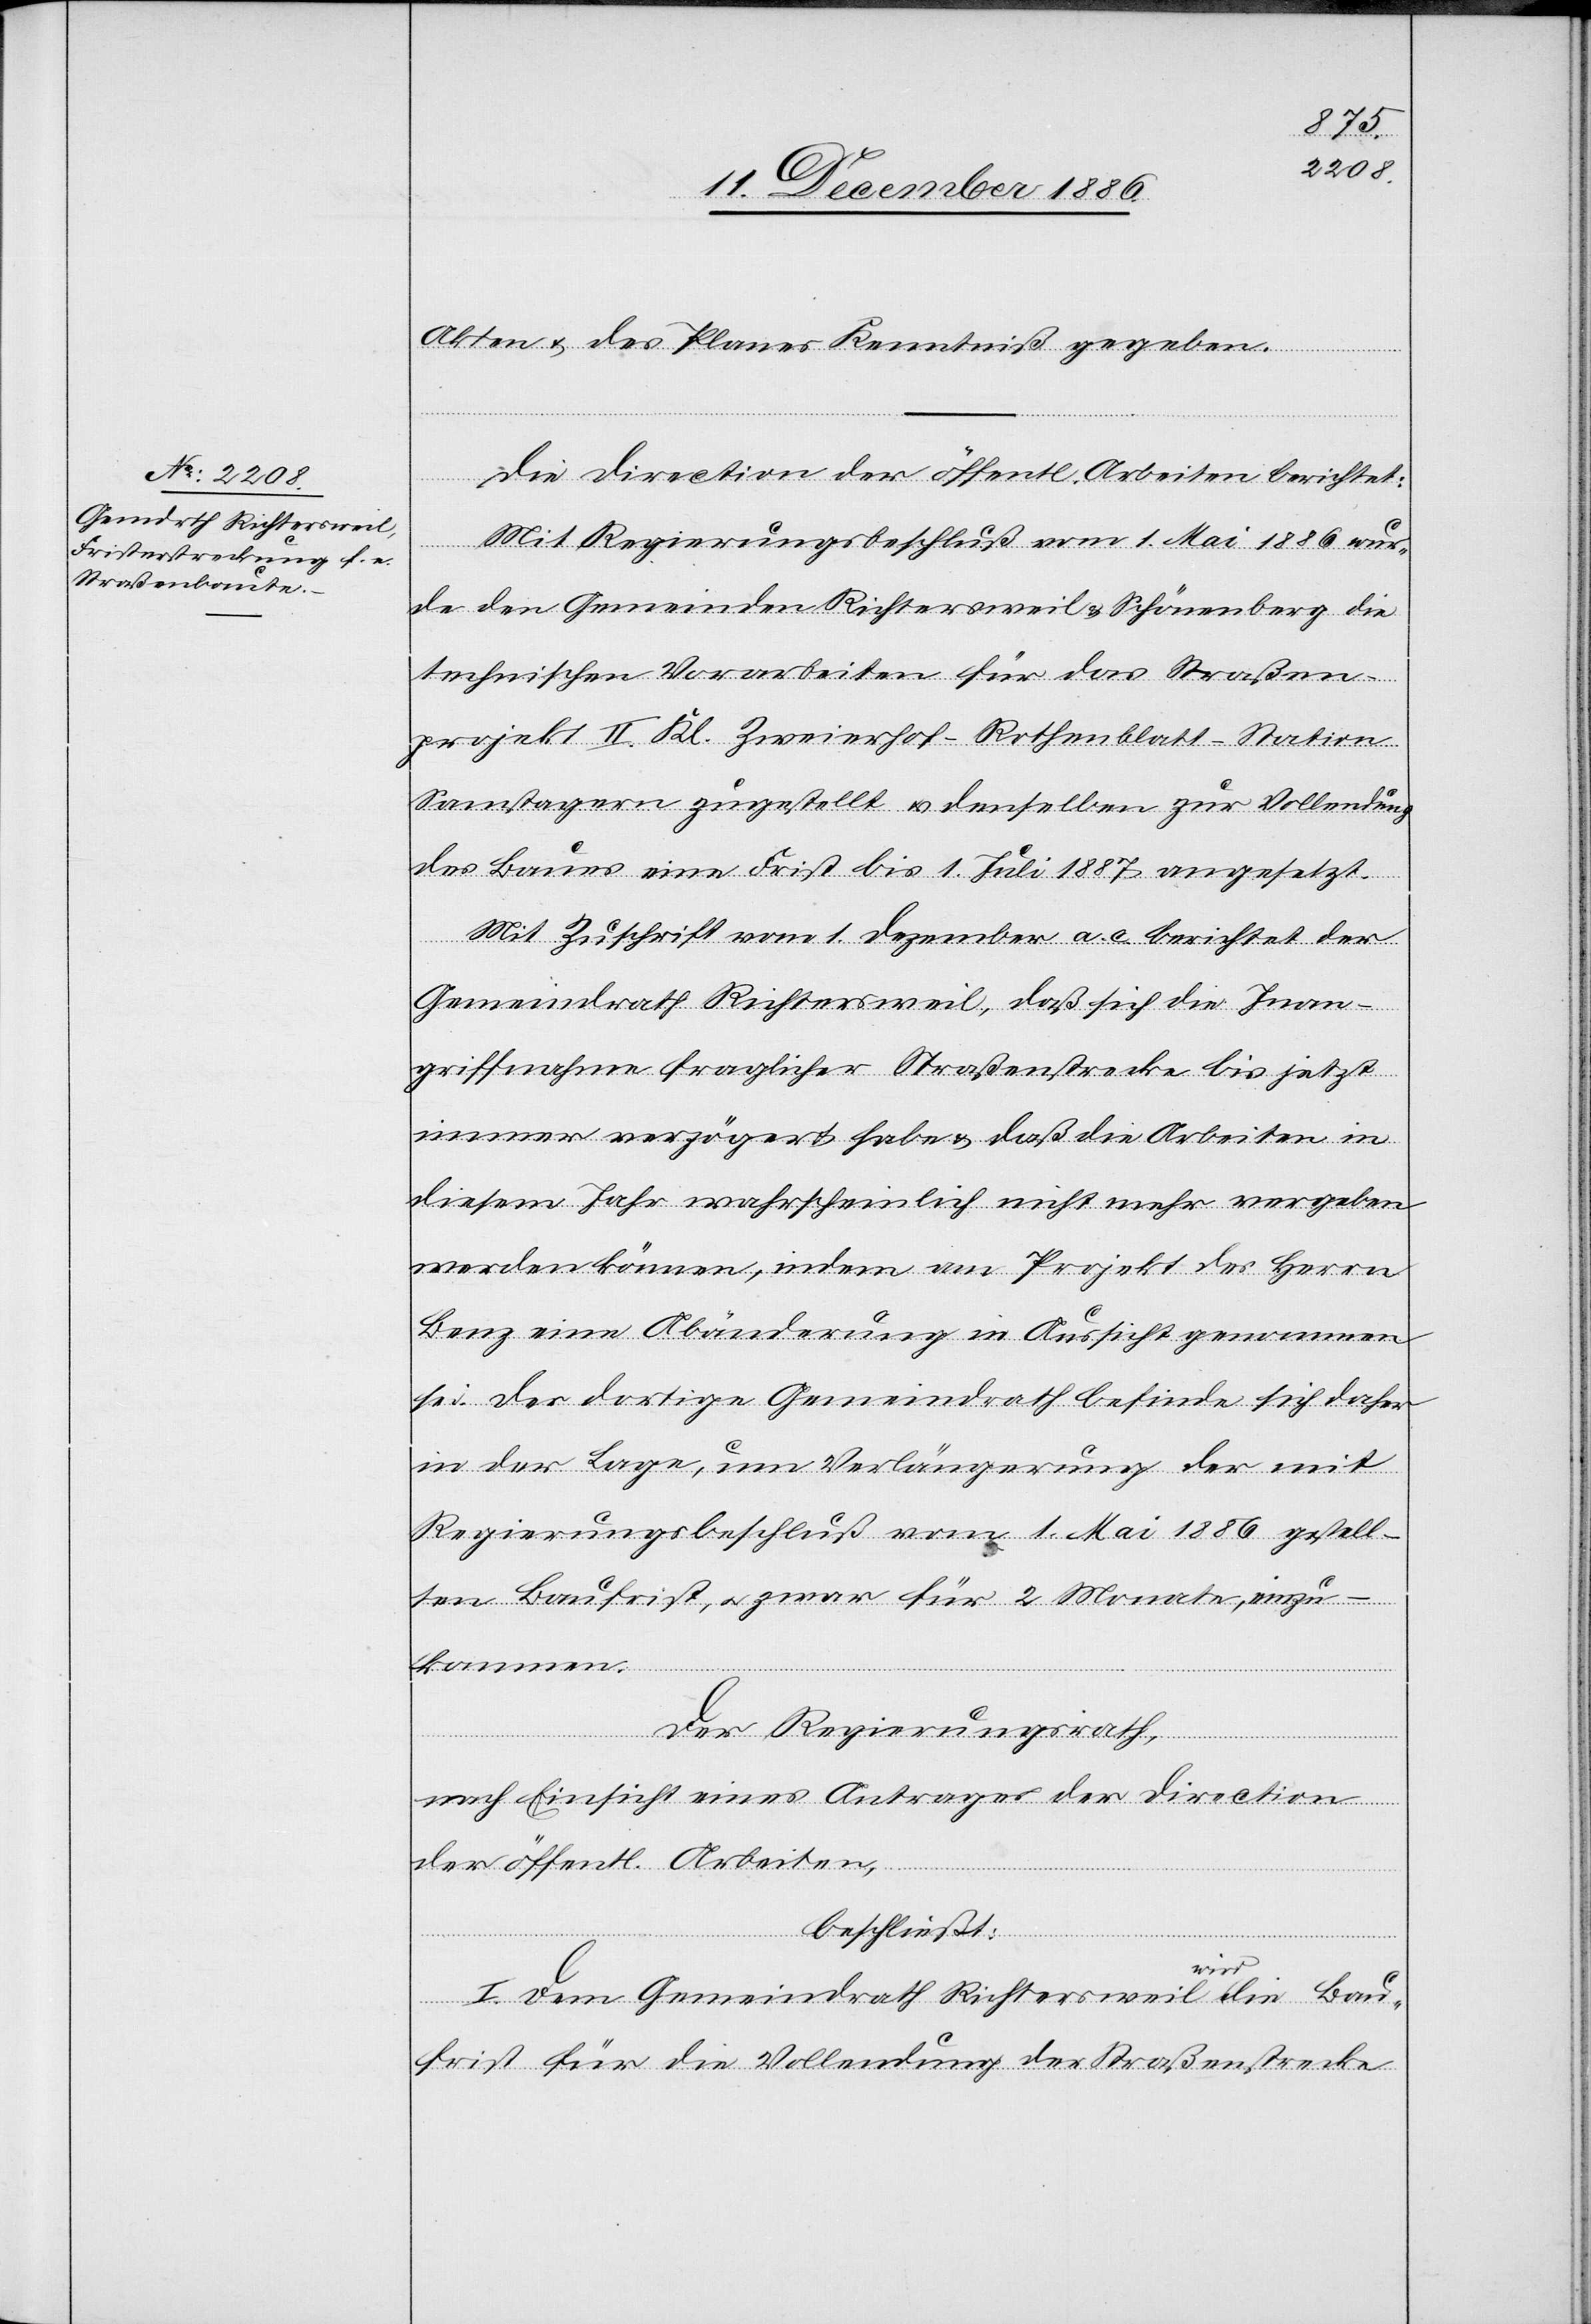
Akten & des Planes Kenntniß gegeben.
Die Direction der öffentl. Arbeiten berichtet:
Mit Regierungsbeschluß vom 1. Mai 1886 wur¬
de[n] den Gemeinden Richtersweil & Schönenberg die
technischen Vorarbeiten für das Straßen¬
projekt II. Kl. Zweierhof–Rothenblatt–Station
Samstagern zugestellt & denselben zur Vollendung
des Baues eine Frist bis 1. Juli 1887 angesetzt.
Mit Zuschrift vom 1. Dezember a. c. berichtet der
Gemeindrath Richtersweil, daß sich die Inan¬
griffnahme fraglicher Straßenstrecke bis jetzt
immer verzögert habe & daß die Arbeiten in
diesem Jahr wahrscheinlich nicht mehr vergeben
werden können, indem am Projekt des Herrn
Benz eine Abänderung in Aussicht genommen
sei. Der dortige Gemeindrath befinde sich daher
in der Lage, um Verlängerung der mit
Regierungsbeschluß vom 1. Mai 1886 gestell¬
ten Baufrist, & zwar für 2 Monate, einzu¬
kommen.
Der Regierungsrath,
nach Einsicht eines Antrages der Direction
der öffentl. Arbeiten,
beschließt:
I. Dem Gemeindrath Richtersweil wird die Bau¬
frist für die Vollendung der Straßenstrecke